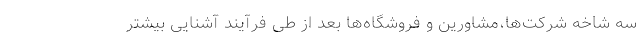
سه شاخه شرکت‌ها،مشاورین و فروشگاه‌ها بعد از طی فرآیند آشنایی بیشتر